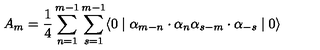
A _ { m } = \frac { 1 } { 4 } \sum _ { n = 1 } ^ { m - 1 } \sum _ { s = 1 } ^ { m - 1 } \langle 0 \mid { \alpha } _ { m - n } \cdot { \alpha } _ { n } { \alpha } _ { s - m } \cdot { \alpha } _ { - s } \mid 0 \rangle